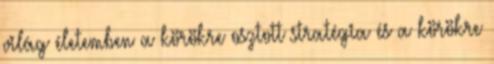
világ életemben a körökre osztott stratégia és a körökre